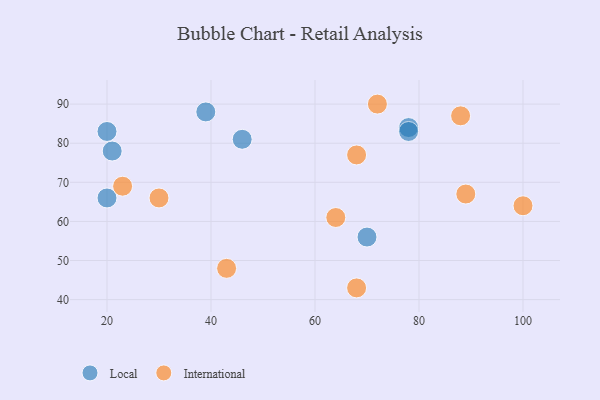
{"axis": {"x": "GDP", "y": "Life Expectancy"}, "legend": ["International", "Local"], "data": [{"x": "39", "y": 88, "type": "Local"}, {"x": "70", "y": 56, "type": "Local"}, {"x": "20", "y": 66, "type": "Local"}, {"x": "21", "y": 78, "type": "Local"}, {"x": "46", "y": 81, "type": "Local"}, {"x": "78", "y": 84, "type": "Local"}, {"x": "20", "y": 83, "type": "Local"}, {"x": "78", "y": 83, "type": "Local"}, {"x": "72", "y": 90, "type": "International"}, {"x": "68", "y": 43, "type": "International"}, {"x": "23", "y": 69, "type": "International"}, {"x": "89", "y": 67, "type": "International"}, {"x": "30", "y": 66, "type": "International"}, {"x": "100", "y": 64, "type": "International"}, {"x": "64", "y": 61, "type": "International"}, {"x": "68", "y": 77, "type": "International"}, {"x": "43", "y": 48, "type": "International"}, {"x": "88", "y": 87, "type": "International"}]}